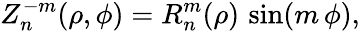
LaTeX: Z_{n}^{-m}(\rho,\phi)=R_{n}^{m}(\rho)\, \sin(m\, \phi),